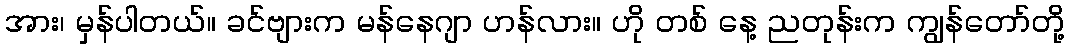
အား၊ မှန်ပါတယ်။ ခင်ဗျားက မန်နေဂျာ ဟန်လား။ ဟို တစ် နေ့ ညတုန်းက ကျွန်တော်တို့